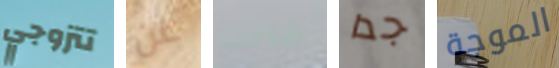
تتزوجي عن قالت جدا الموجة